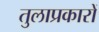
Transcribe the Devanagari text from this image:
तुलाप्रकारों